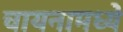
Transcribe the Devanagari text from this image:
चायनामध्ये